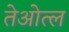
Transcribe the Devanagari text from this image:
तेओत्ल